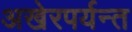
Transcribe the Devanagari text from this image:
अखेरपर्यन्त